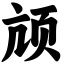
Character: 颃